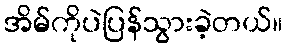
အိမ်ကိုပဲပြန်သွားခဲ့တယ်။